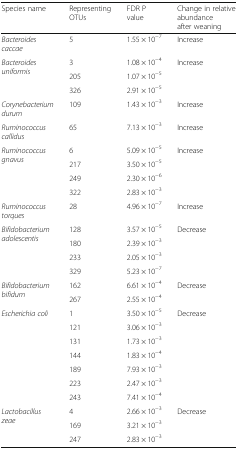
<table><thead><tr><td><b>Species name</b></td><td><b>Representing OTUs</b></td><td><b>FDR P value</b></td><td><b>Change in relative abundance after weaning</b></td></tr></thead><tbody><tr><td><i>Bacteroides caccae</i></td><td>5</td><td>1.55 × 10<sup>−7</sup></td><td>Increase</td></tr><tr><td rowspan="3"><i>Bacteroides uniformis</i></td><td>3</td><td>1.08 × 10<sup>−4</sup></td><td rowspan="3">Increase</td></tr><tr><td>205</td><td>1.07 × 10<sup>−5</sup></td></tr><tr><td>326</td><td>2.91 × 10<sup>−5</sup></td></tr><tr><td><i>Corynebacterium durum</i></td><td>109</td><td>1.43 × 10<sup>−3</sup></td><td>Increase</td></tr><tr><td><i>Ruminococcus callidus</i></td><td>65</td><td>7.13 × 10<sup>−3</sup></td><td>Increase</td></tr><tr><td rowspan="4"><i>Ruminococcus gnavus</i></td><td>6</td><td>5.09 × 10<sup>−5</sup></td><td rowspan="4">Increase</td></tr><tr><td>217</td><td>3.50 × 10<sup>−5</sup></td></tr><tr><td>249</td><td>2.30 × 10<sup>−6</sup></td></tr><tr><td>322</td><td>2.83 × 10<sup>−3</sup></td></tr><tr><td><i>Ruminococcus torques</i></td><td>28</td><td>4.96 × 10<sup>−7</sup></td><td>Increase</td></tr><tr><td rowspan="4"><i>Bifidobacterium adolescentis</i></td><td>128</td><td>3.57 × 10<sup>−5</sup></td><td rowspan="4">Decrease</td></tr><tr><td>180</td><td>2.39 × 10<sup>−3</sup></td></tr><tr><td>233</td><td>2.05 × 10<sup>−3</sup></td></tr><tr><td>329</td><td>5.23 × 10<sup>−7</sup></td></tr><tr><td rowspan="2"><i>Bifidobacterium bifidum</i></td><td>162</td><td>6.61 × 10<sup>−4</sup></td><td rowspan="2">Decrease</td></tr><tr><td>267</td><td>2.55 × 10<sup>−4</sup></td></tr><tr><td rowspan="7"><i>Escherichia coli</i></td><td>1</td><td>3.50 × 10<sup>−5</sup></td><td rowspan="7">Decrease</td></tr><tr><td>121</td><td>3.06 × 10<sup>−3</sup></td></tr><tr><td>131</td><td>1.73 × 10<sup>−3</sup></td></tr><tr><td>144</td><td>1.83 × 10<sup>−4</sup></td></tr><tr><td>189</td><td>7.93 × 10<sup>−3</sup></td></tr><tr><td>223</td><td>2.47 × 10<sup>−3</sup></td></tr><tr><td>243</td><td>7.41 × 10<sup>−4</sup></td></tr><tr><td rowspan="3"><i>Lactobacillus zeae</i></td><td>4</td><td>2.66 × 10<sup>−3</sup></td><td rowspan="3">Decrease</td></tr><tr><td>169</td><td>3.21 × 10<sup>−3</sup></td></tr><tr><td>247</td><td>2.83 × 10<sup>−3</sup></td></tr></tbody></table>